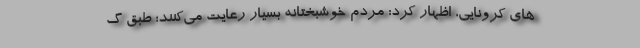
های کرونایی، اظهار کرد: مردم خوشبختانه بسیار رعایت می‌کنند؛ طبق گ